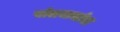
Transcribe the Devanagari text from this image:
संतजनांस